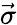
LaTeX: \vec{\sigma}